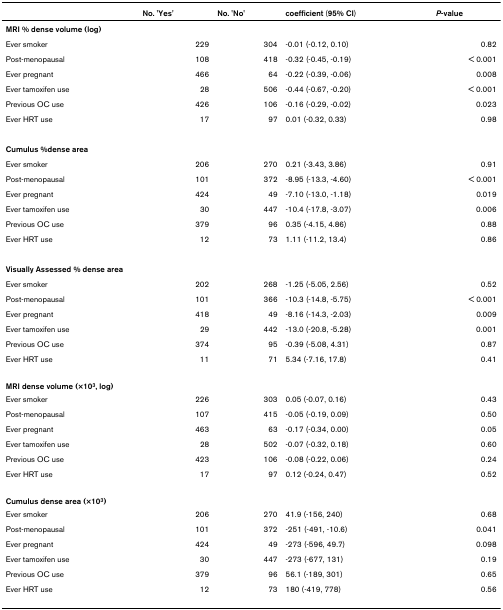
<table><thead><tr><td>[EMPTY_CELL]</td><td><b>No. 'Yes'</b></td><td><b>No. 'No'</b></td><td><b>coefficient (95% CI)</b></td><td><b><i>P</i>-value</b></td></tr></thead><tbody><tr><td colspan="5"><b>MRI % dense volume (log)</b></td></tr><tr><td>Ever smoker</td><td>229</td><td>304</td><td>-0.01 (-0.12, 0.10)</td><td>0.82</td></tr><tr><td>Post-menopausal</td><td>108</td><td>418</td><td>-0.32 (-0.45, -0.19)</td><td>&lt; 0.001</td></tr><tr><td>Ever pregnant</td><td>466</td><td>64</td><td>-0.22 (-0.39, -0.06)</td><td>0.008</td></tr><tr><td>Ever tamoxifen use</td><td>28</td><td>506</td><td>-0.44 (-0.67, -0.20)</td><td>&lt; 0.001</td></tr><tr><td>Previous OC use</td><td>426</td><td>106</td><td>-0.16 (-0.29, -0.02)</td><td>0.023</td></tr><tr><td>Ever HRT use</td><td>17</td><td>97</td><td>0.01 (-0.32, 0.33)</td><td>0.98</td></tr><tr><td colspan="5"><b>Cumulus %dense area</b></td></tr><tr><td>Ever smoker</td><td>206</td><td>270</td><td>0.21 (-3.43, 3.86)</td><td>0.91</td></tr><tr><td>Post-menopausal</td><td>101</td><td>372</td><td>-8.95 (-13.3, -4.60)</td><td>&lt; 0.001</td></tr><tr><td>Ever pregnant</td><td>424</td><td>49</td><td>-7.10 (-13.0, -1.18)</td><td>0.019</td></tr><tr><td>Ever tamoxifen use</td><td>30</td><td>447</td><td>-10.4 (-17.8, -3.07)</td><td>0.006</td></tr><tr><td>Previous OC use</td><td>379</td><td>96</td><td>0.35 (-4.15, 4.86)</td><td>0.88</td></tr><tr><td>Ever HRT use</td><td>12</td><td>73</td><td>1.11 (-11.2, 13.4)</td><td>0.86</td></tr><tr><td colspan="5"><b>Visually Assessed % dense area</b></td></tr><tr><td>Ever smoker</td><td>202</td><td>268</td><td>-1.25 (-5.05, 2.56)</td><td>0.52</td></tr><tr><td>Post-menopausal</td><td>101</td><td>366</td><td>-10.3 (-14.8, -5.75)</td><td>&lt; 0.001</td></tr><tr><td>Ever pregnant</td><td>418</td><td>49</td><td>-8.16 (-14.3, -2.03)</td><td>0.009</td></tr><tr><td>Ever tamoxifen use</td><td>29</td><td>442</td><td>-13.0 (-20.8, -5.28)</td><td>0.001</td></tr><tr><td>Previous OC use</td><td>374</td><td>95</td><td>-0.39 (-5.08, 4.31)</td><td>0.87</td></tr><tr><td>Ever HRT use</td><td>11</td><td>71</td><td>5.34 (-7.16, 17.8)</td><td>0.41</td></tr><tr><td colspan="5"><b>MRI dense volume (×10<sup>3</sup>, log)</b></td></tr><tr><td>Ever smoker</td><td>226</td><td>303</td><td>0.05 (-0.07, 0.16)</td><td>0.43</td></tr><tr><td>Post-menopausal</td><td>107</td><td>415</td><td>-0.05 (-0.19, 0.09)</td><td>0.50</td></tr><tr><td>Ever pregnant</td><td>463</td><td>63</td><td>-0.17 (-0.34, 0.00)</td><td>0.05</td></tr><tr><td>Ever tamoxifen use</td><td>28</td><td>502</td><td>-0.07 (-0.32, 0.18)</td><td>0.60</td></tr><tr><td>Previous OC use</td><td>423</td><td>106</td><td>-0.08 (-0.22, 0.06)</td><td>0.24</td></tr><tr><td>Ever HRT use</td><td>17</td><td>97</td><td>0.12 (-0.24, 0.47)</td><td>0.52</td></tr><tr><td colspan="5"><b>Cumulus dense area (×10<sup>3</sup>)</b></td></tr><tr><td>Ever smoker</td><td>206</td><td>270</td><td>41.9 (-156, 240)</td><td>0.68</td></tr><tr><td>Post-menopausal</td><td>101</td><td>372</td><td>-251 (-491, -10.6)</td><td>0.041</td></tr><tr><td>Ever pregnant</td><td>424</td><td>49</td><td>-273 (-596, 49.7)</td><td>0.098</td></tr><tr><td>Ever tamoxifen use</td><td>30</td><td>447</td><td>-273 (-677, 131)</td><td>0.19</td></tr><tr><td>Previous OC use</td><td>379</td><td>96</td><td>56.1 (-189, 301)</td><td>0.65</td></tr><tr><td>Ever HRT use</td><td>12</td><td>73</td><td>180 (-419, 778)</td><td>0.56</td></tr></tbody></table>